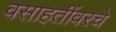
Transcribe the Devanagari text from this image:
वसाहतींवरचे